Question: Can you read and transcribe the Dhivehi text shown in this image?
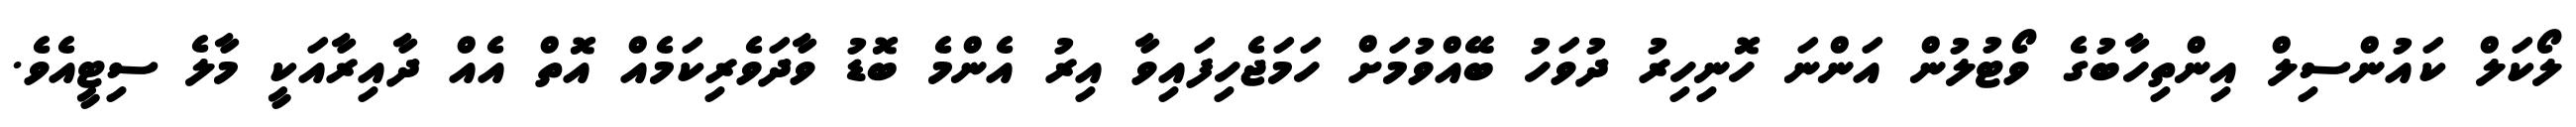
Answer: ލޯކަލް ކައުންސިލް އިންތިހާބުގެ ވޯޓުލުން އަންނަ ހޮނިހިރު ދުވަހު ބޭއްވުމަށް ހަމަޖެހިފައިވާ އިރު އެންމެ ބޮޑު ވާދަވެރިކަމެއް އޮތް އެއް ދާއިރާއަކީ މާލެ ސިޓީއެވެ.